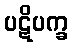
ပဋိပက္ခ